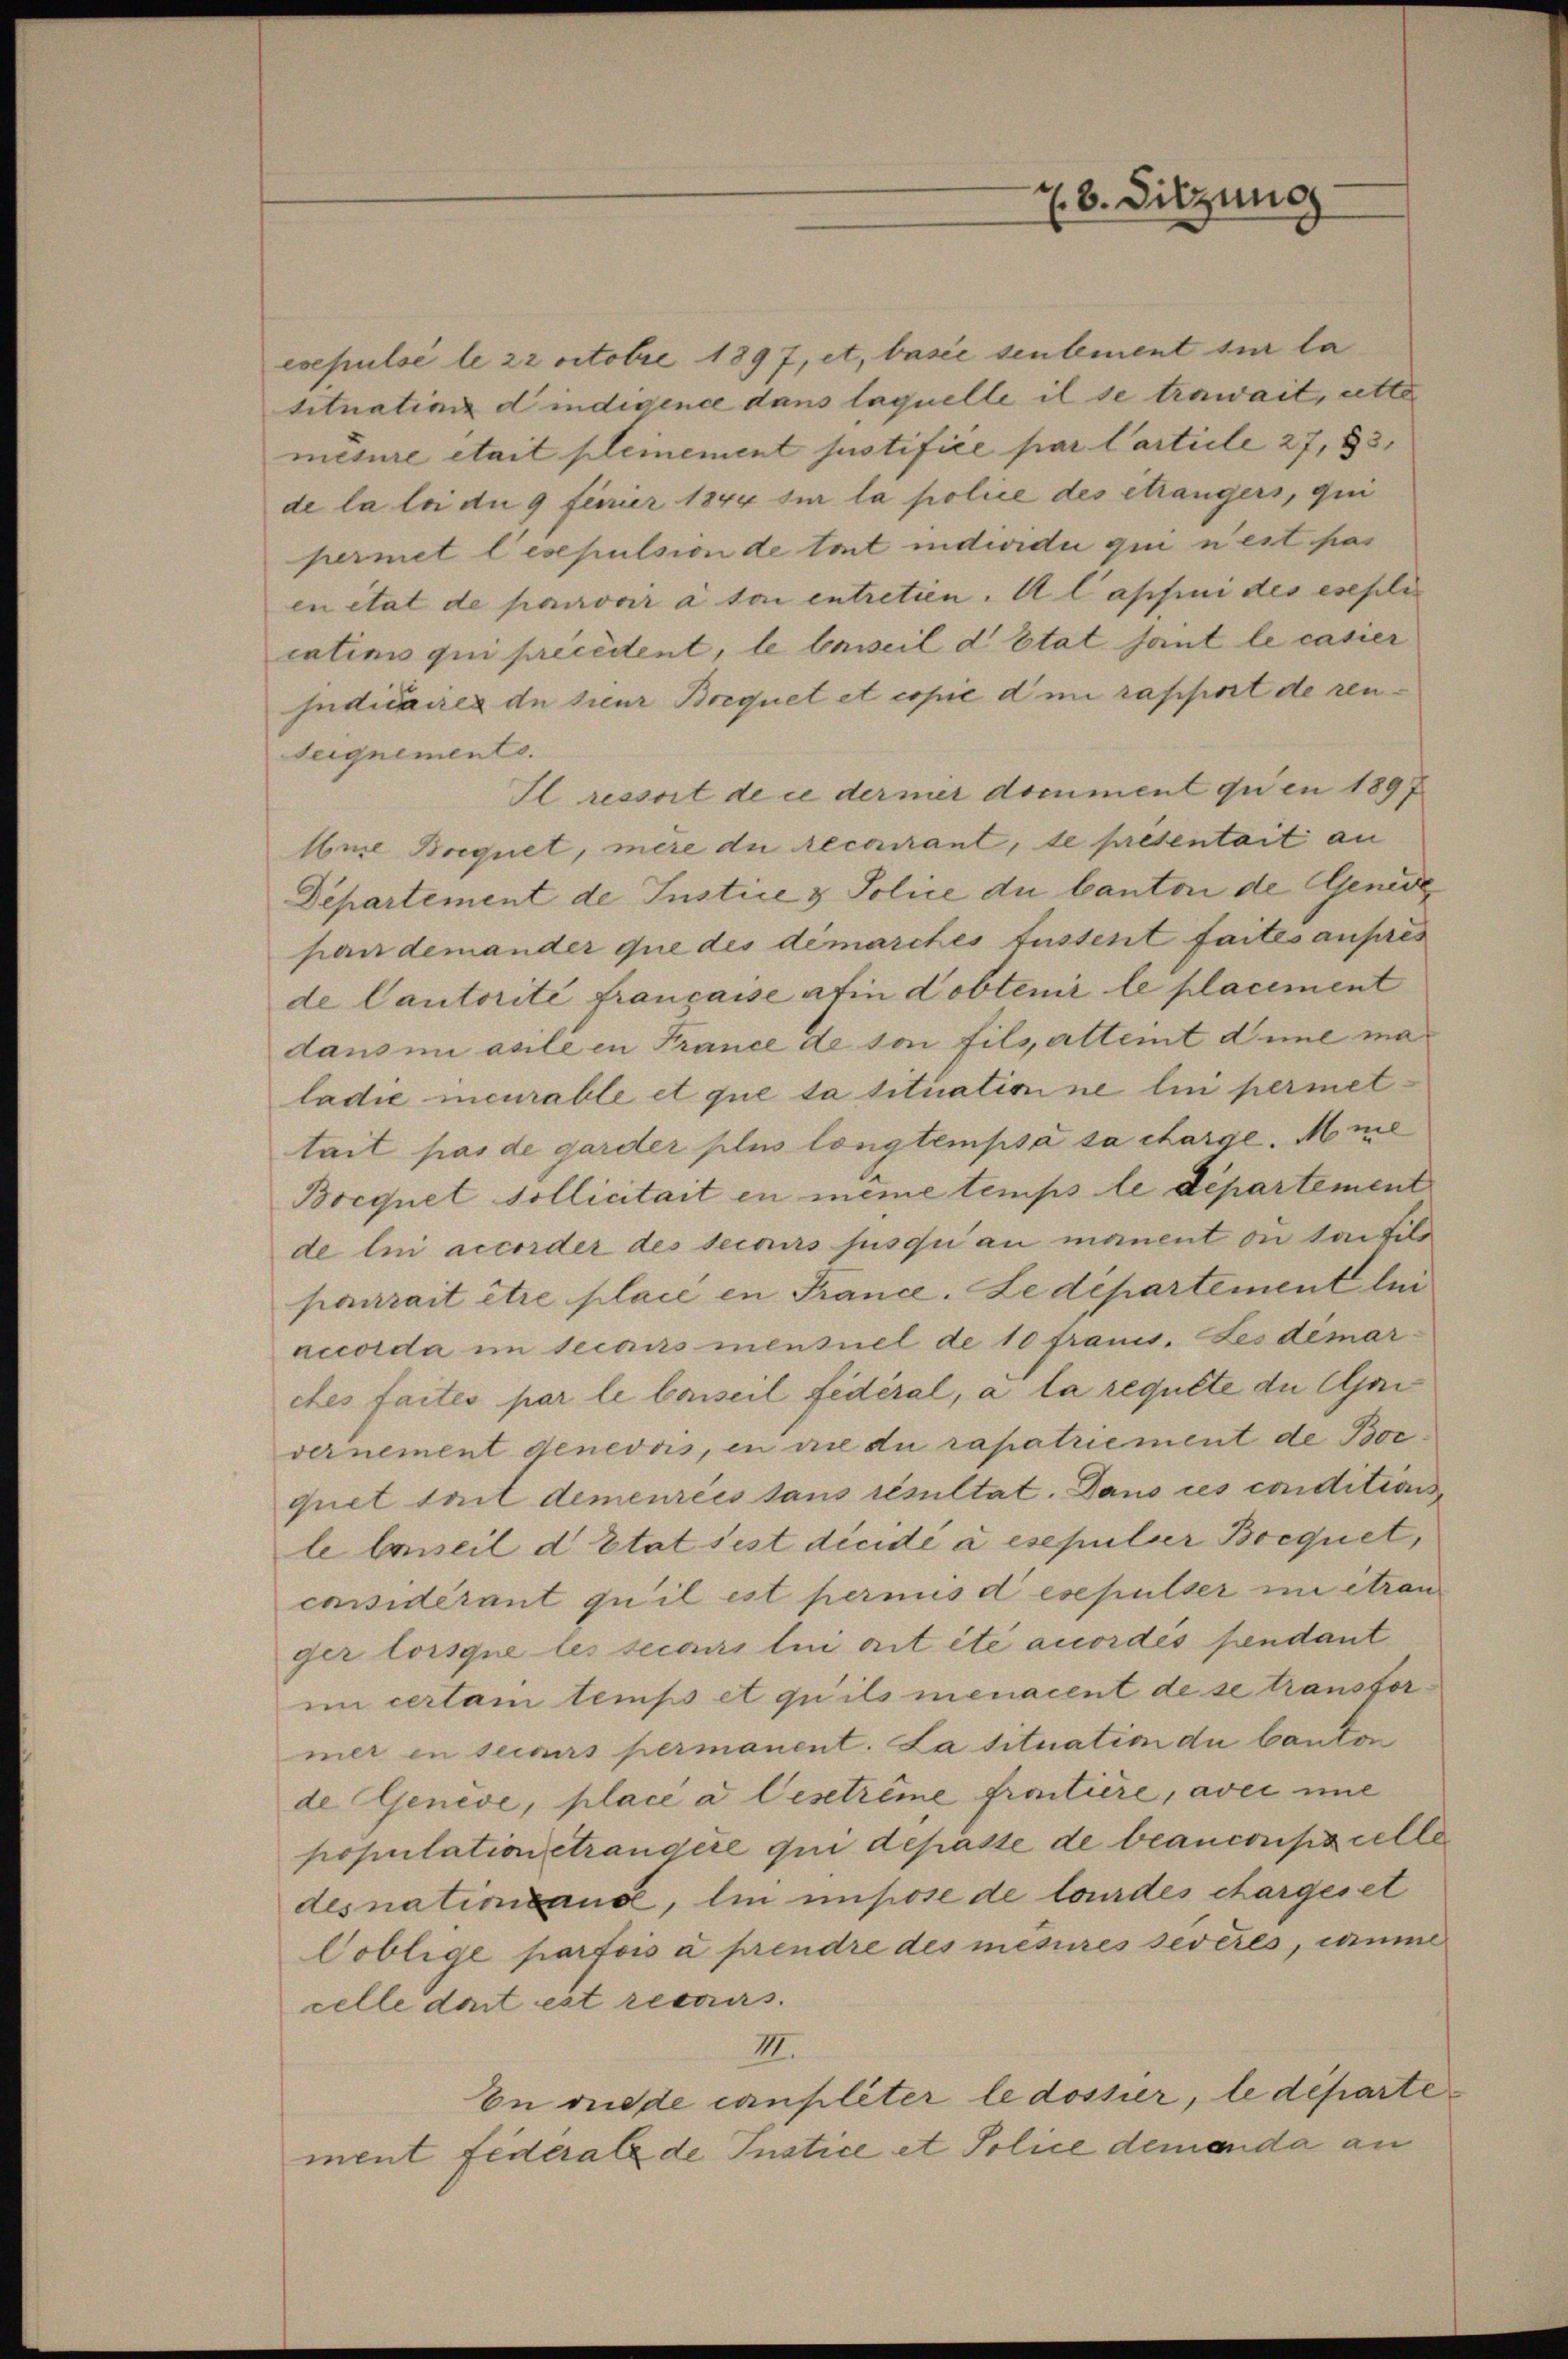
8. Sitzung

esepulsé le 22 octobre 1897, et, basie sentement sur la
tituations dindigence dans laquelle il se trawait, atte
mesure était pleinement justifice par Carticle 27, 53,
de la loi dn 9 feurier 1844 si la police des étrangers, qui
permet lesepulsion de tout individui qui n’est pas
en état de parover à toi entretien. A lassin des esepli
catinis qui précédent, le beweil d’Etat sont le casier
Indicaires de sieur Brequet et copie di rapport de renseignements.
Il ressort de ce derner document qu’en 1897
Abme Boequet, mère du recourant, de presentait an
Departement de Instice & Police du Canton de Genei
pan demander que des démarches tustent faites aufres
de Cautorité francasse afin dobtenir le placement
dans ni asle in France de ton fils altemt die maladie incurable et que la situation ne lui permettait pas de garder plus longtempsa sa charge. Mie
Bocquet Pollicitait in meme temps le Departement
de lui accorder des secours jusqui an manent ou tantilo
paurait être placé en France. Le département lei
accorda im secours mensel de 10 francs. Les demar-
ctes faites par le Conseil fédéral, a la regulte du mi
vernement genevois, in die du rapatriement de Boc.
quet teil demeurées sans résultat. Dans ces conditions
le Conseil d Etat sest dicidé à esepulier Bocquet,
cnsidérant qu’il est permus desepulser im étran
ger lorsque les secours lui ait été accordés pendant
in certam temps et qu’ils menacent de se transformer in seiners permanent. La situation du Canton
de Genève, place a Gesetrême frontiere, aver imme
population étrangère qui depasse de beanconszielle
desnationsand, lin impose de louides chargeset
Coblige parfois à prendre des mesures severes, comme
celle dort est recours.
III.
En rede canpleter le dossier, le département Federale de Justice et Police demanda an